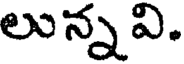
లున్నవి.